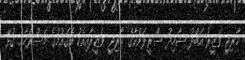
ޚާރިޖީ ވަޒީރު އަބްދު ޝާހިދު ސްރީލަންކާގެ ޚާރިޖީ ވަޒީރާއިއެކު އެޤައުމުގެ މަސްރަހާއި ގުޅޭ